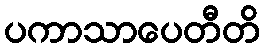
ပကာသာပေတီတိ